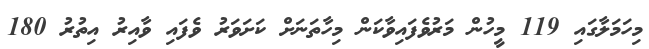
މިހަމަލާގައި 119 މީހުން މަރުވެފައިވާކަން މިހާތަނަށް ކަށަވަރު ވެފައި ވާއިރު އިތުރު 180